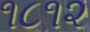
૧૮૧૨